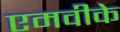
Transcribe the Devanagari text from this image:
एमवीके